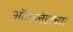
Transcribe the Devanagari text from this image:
ऑकलंडाच्या